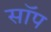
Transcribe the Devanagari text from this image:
सॉप